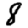
Digit: 8